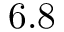
6 . 8